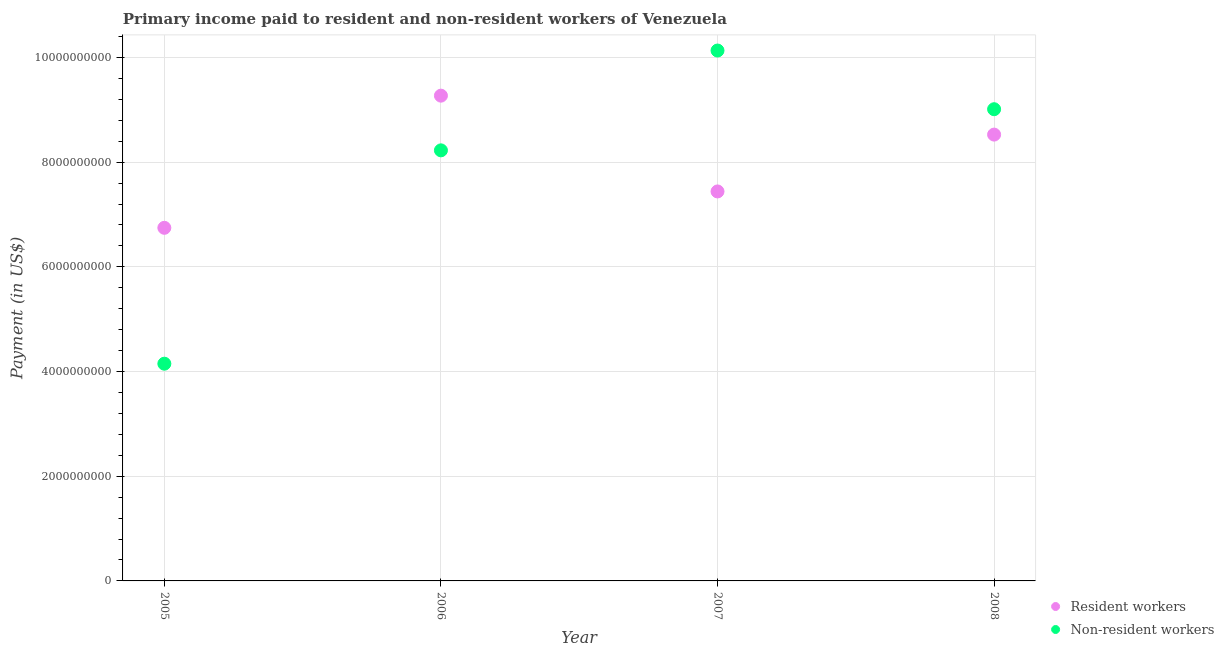
| Year | Resident workers | Non-resident workers |
 | --- | --- | --- |
 | 2005 | 6.75e+09 | 4.15e+09 |
 | 2006 | 9.27e+09 | 8.23e+09 |
 | 2007 | 7.44e+09 | 1.01e+10 |
 | 2008 | 8.53e+09 | 9.01e+09 |